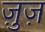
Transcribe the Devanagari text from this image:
ज़ुज़